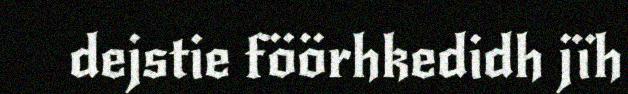
dejstie föörhkedidh jïh